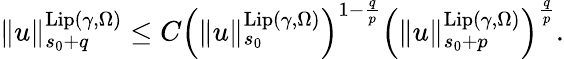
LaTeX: \begin{array}{r}{\rVert u\rVert_{s_{0}+q}^{\mathrm{Lip}(\gamma,\Omega)}\le C\left(\rVert u\rVert_{s_{0}}^{\mathrm{Lip}(\gamma,\Omega)}\right)^{1-\frac{q}p}\left(\rVert u\rVert_{s_{0}+p}^{\mathrm{Lip}(\gamma,\Omega)}\right)^{\frac{q}{p}}.}\end{array}